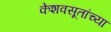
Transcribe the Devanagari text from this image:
केशवसूतांच्या